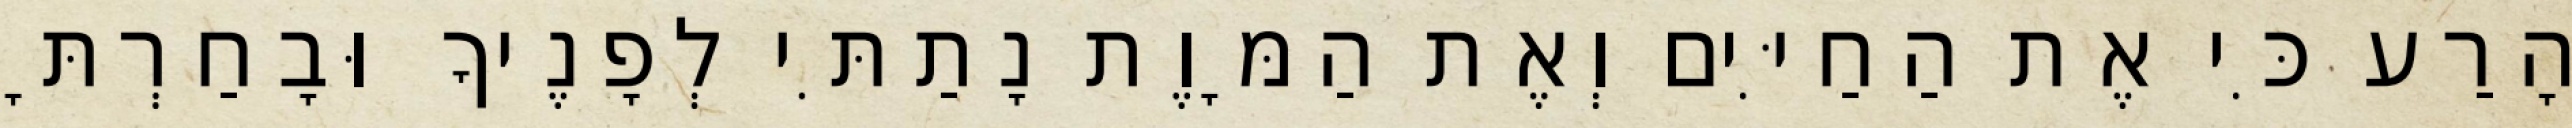
הָרַע כִּי אֶת הַחַיִּים וְאֶת הַמָּוֶת נָתַתִּי לְפָנֶיךָ וּבָחַרְתָּ